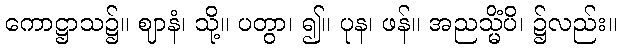
ကောဋ္ဌာသ၌။ ဈာနံ၊ သို့။ ပတွာ၊ ၍။ ပုန၊ ဖန်။ အညသ္မိံပိ၊ ၌လည်း။